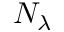
N _ { \lambda }